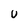
Character: U